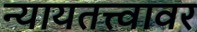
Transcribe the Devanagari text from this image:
न्यायतत्त्वावर